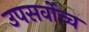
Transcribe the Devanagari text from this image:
उपसर्वोच्च